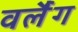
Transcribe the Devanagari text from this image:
वर्लैग